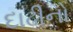
દાઢીનો